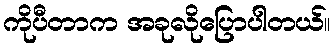
ကိုပီတာက အခုလိုပြောပါတယ်။